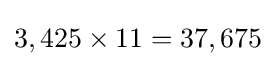
3,425\times 11=37,675